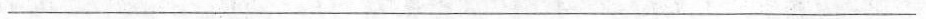
___